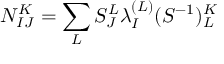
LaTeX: N _ { I J } ^ { K } = \sum _ { L } S _ { J } ^ { L } \lambda _ { I } ^ { ( L ) } ( S ^ { - 1 } ) _ { L } ^ { K }